Annual administration and progress report of the Indian Medical Department, Bombay
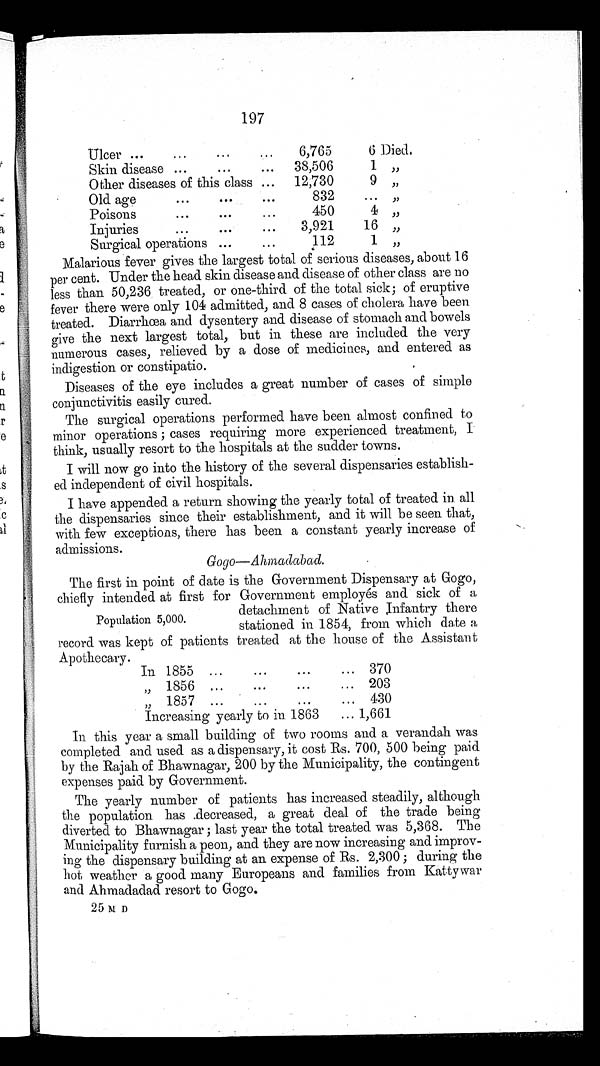
197
Ulcer
6,765
6 Died.
Skin disease
38,506
1 ' '
Other diseases of this class
12,730
9 ' '
Old age
832
. . .
Poisons
450
4 ' '
Injuries
3,921
16 ''
Surgical operations
112
1 ' '
Malarious fever gives the largest total of serious diseases, about 16
per cent. Under the head skin disease and disease of other class are no
less than 50,236 treated, or one-third of the total sick; of eruptive
fever there were only 104 admitted, and 8 cases of cholera have been
treated. Diarrhoea and dysentery and disease of stomach and bowels
give the next largest total, but in these are included the very
numerous cases, relieved by a dose of medicines, and entered as
indigestion or constipatio.
Diseases of the eye includes a great number of cases of simple
conjunctivitis easily cured.
The surgical operations performed have been almost confined to
minor operations ; cases requiring more experienced treatment, I
think, usually resort to the hospitals at the sadder towns.
I will now go into the history of the several dispensaries establish
-ed independent of civil hospitals.
I have appended a return showing the yearly total of treated in all
the dispensaries since their establishment, and it will be seen that,
with few exceptions, there has been a constant yearly increase of
admissions.
Gogo—Ahmadabad.
Population 5,000.
The first in point of date is the Government Dispensary at Gogo,
chiefly intended at first for Government employés and sick of a
detachment of Native Infantry there
stationed in 1854, from which date a
record was kept of patients treated at the house of the Assistant
Apothecary.
In 1855
370
' ' 1856
203
' ' 1 8 5 7
430
Increasing yearly to in 1863
1,661
In this year a small building of two rooms and a verandah was
completed and used as a dispensary, it cost Rs. 700, 500 being paid
by the Rajah of Bhawnagar, 200 by the Municipality, the contingent
expenses paid by Government.
The yearly number of patients has increased steadily, although
the population has .decreased, a great deal of the trade being
diverted to Bhawnagar ; last year the total treated was 5,368. The
Municipality furnish a peon, and they are now increasing and improv-
ing the dispensary building at an expense of Rs. 2,300 ; during the
hot weather a good many Europeans and families from Katty war
and Ahmadadad resort to Gogo.
25 M D